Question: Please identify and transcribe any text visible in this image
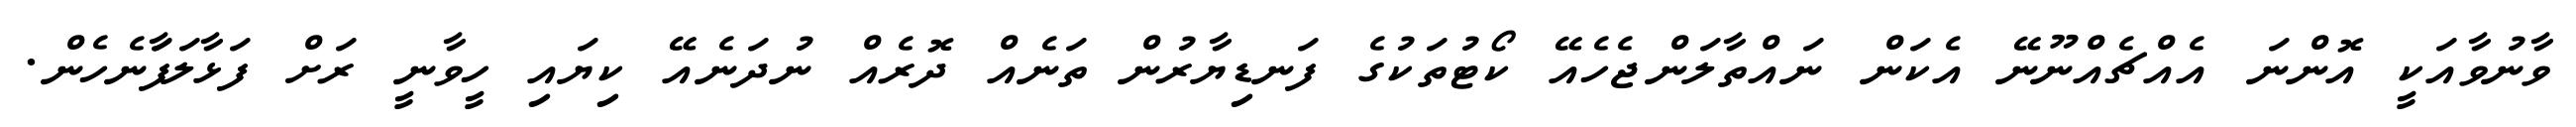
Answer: ވާނުވާއަކީ އޮންނަ އެއްޗެއްނޫނޭ އެކަން ނައްތާލަންޖެހެއޭ ކޯޓުތަކުގެ ފަނޑިޔާރުން ތަނެއް ދޮރެއް ނުދަނެއޭ ކިޔައި ހީވާނީ ރަށް ފަޅާލަފަާނެހެން.